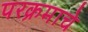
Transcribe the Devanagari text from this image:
परक्रमाचे